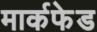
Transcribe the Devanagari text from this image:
मार्कफेड